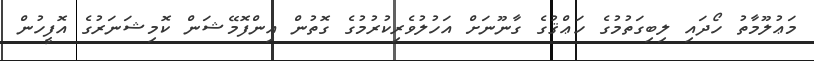
މަޢުލޫމާތު ހޯދައި ލިބިގަތުމުގެ ހަޢްޤުގެ ގާނޫނަށް އަހުލުވެރިކުރުމުގެ ގޮތުން އިންފޮމޭޝަން ކޮމިޝަނަރުގެ އޮފީހުން